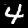
Label: 4